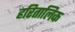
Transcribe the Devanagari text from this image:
हरितालिक